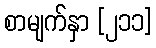
စာမျက်နှာ [၂၁၁]